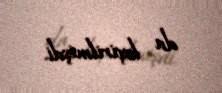
da keçirilmişdi.